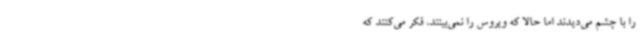
را با چشم می‌دیدند اما حالا که ویروس را نمی‌بینند، فکر می‌کنند که